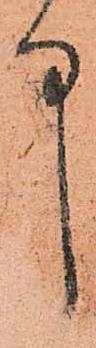
中